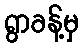
ရွာခန့်မှ